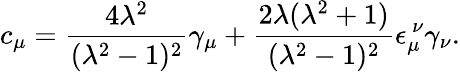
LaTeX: c_{\mu}=\frac{4\lambda^{2}}{(\lambda^{2}-1)^{2}}\gamma_{\mu}+\frac{2\lambda(\lambda^{2}+1)}{(\lambda^{2}-1)^{2}}\epsilon_{\mu}^{~\nu}\gamma_{\nu}.